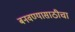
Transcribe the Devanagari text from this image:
बनवण्यासाठीचा